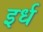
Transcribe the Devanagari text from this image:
इर्ध